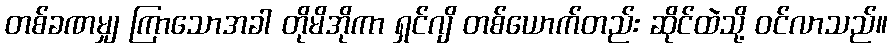
တစ်ခဏမျှ ကြာသောအခါ တိုမိအိုကာ ရှင်ဂျိ တစ်ယောက်တည်း ဆိုင်ထဲသို့ ဝင်လာသည်။